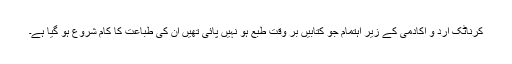
کرناٹک ارد و اکادمی کے زیر اہتمام جو کتابیں بر وقت طبع ہو نہیں پائی تھیں ان کی طباعت کا کام شروع ہو گیا ہے۔